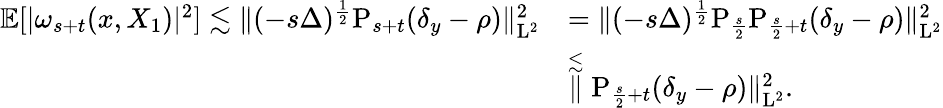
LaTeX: \begin{array}{rl}{\mathbb{E}[\vert\omega_{s+t}(x,X_{1})\vert^{2}]\lesssim\| (-s\Delta)^{\frac{1}{2}}\mathrm{P}_{s+t}(\delta_{y}-\rho)\| _{\mathrm{L}^{2}}^{2}}&{=\| (-s\Delta)^{\frac{1}{2}}\mathrm{P}_{\frac{s}{2}}\mathrm{P}_{\frac{s}{2}+t}(\delta_{y}-\rho)\| _{\mathrm{L}^{2}}^{2}}\\ &{\stackrel{\lesssim}\| \mathrm{P}_{\frac{s}{2}+t}(\delta_{y}-\rho)\| _{\mathrm{L}^{2}}^{2}.}\end{array}